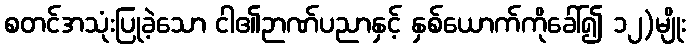
စတင်အသုံးပြုခဲ့သော ငါ၏ဉာဏ်ပညာနှင့် နှစ်ယောက်ကိုခေါ်၍ ၁၂)မျိုး